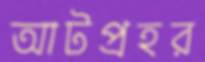
আটপ্রহর